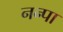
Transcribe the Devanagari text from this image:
नन्पा